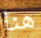
هنا